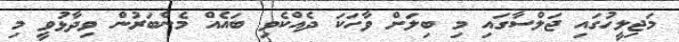
މަޖިލީހުގައި ޖަލްސާގައި މި ބިލަށް ވާހަކަ ދެއްކެވި ބައެއް މެންބަރުން ވިދާޅުވީ މި